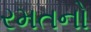
રમતનો